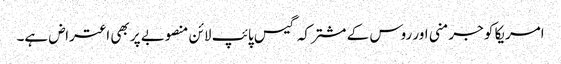
امریکا کو جرمنی اور روس کے مشترکہ گیس پائپ لائن منصوبے پر بھی اعتراض ہے۔